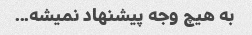
به هیچ وجه پیشنهاد نمیشه...